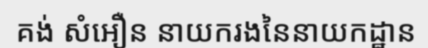
គង់ សំអឿន នាយករងនៃនាយកដ្ឋាន